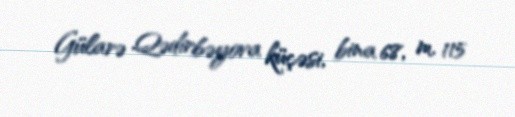
Gülarə Qədirbəyova küçəsi, bina 68, m. 115